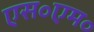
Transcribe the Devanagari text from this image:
एस॰एम॰